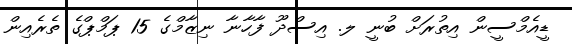
ޑީއެމްސީން އިތުރަށް ބުނީ ލ. އިސްދޫ ފާހާނާ ނިޒާމްގެ 15 ޕަމްޕްގެ ތެރެއިން